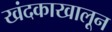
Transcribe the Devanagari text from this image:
खंदकाखालून